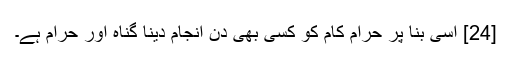
[24] اسی بنا پر حرام کام کو کسی بھی دن انجام دینا گناہ اور حرام ہے۔